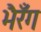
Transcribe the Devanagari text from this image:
भैरँग